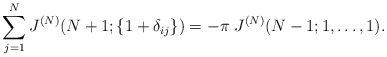
\begin{align*}\sum\limits_{j=1}^N J^{(N)}(N+1; \{ 1+\delta_{ij} \} )= -\pi \; J^{(N)}(N-1; 1, \ldots, 1) .\end{align*}